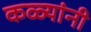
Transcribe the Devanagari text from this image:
कळ्यांनी